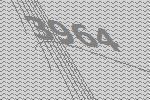
3964